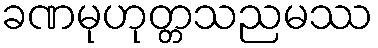
ခဏမုဟုတ္တသညမဿ